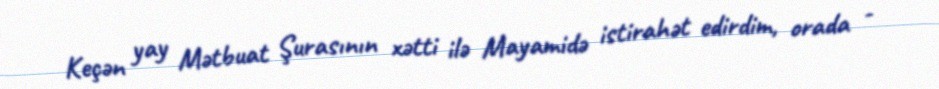
Keçən yay Mətbuat Şurasının xətti ilə Mayamidə istirahət edirdim, orada -